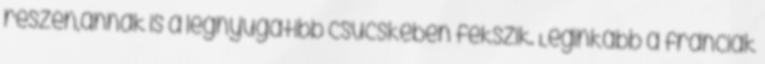
részén,annak is a legnyugatibb csücskében fekszik. Leginkább a franciák